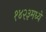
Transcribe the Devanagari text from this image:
१४२३मध्ये